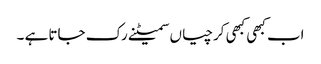
اب کبھی کبھی کرچیاں سمیٹنے رک جاتا ہے ۔